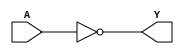
/*
 * Copyright 2020 The SkyWater PDK Authors
 *
 * Licensed under the Apache License, Version 2.0 (the "License");
 * you may not use this file except in compliance with the License.
 * You may obtain a copy of the License at
 *
 *     https://www.apache.org/licenses/LICENSE-2.0
 *
 * Unless required by applicable law or agreed to in writing, software
 * distributed under the License is distributed on an "AS IS" BASIS,
 * WITHOUT WARRANTIES OR CONDITIONS OF ANY KIND, either express or implied.
 * See the License for the specific language governing permissions and
 * limitations under the License.
 *
 * SPDX-License-Identifier: Apache-2.0
*/


`ifndef SKY130_FD_SC_HD__BUFINV_BEHAVIORAL_V
`define SKY130_FD_SC_HD__BUFINV_BEHAVIORAL_V

/**
 * bufinv: Buffer followed by inverter.
 *
 * Verilog simulation functional model.
 */

`timescale 1ns / 1ps
`default_nettype none

`celldefine
module sky130_fd_sc_hd__bufinv (
    Y,
    A
);

    // Module ports
    output Y;
    input  A;

    // Module supplies
    supply1 VPWR;
    supply0 VGND;
    supply1 VPB ;
    supply0 VNB ;

    // Local signals
    wire not0_out_Y;

    //  Name  Output      Other arguments
    not not0 (not0_out_Y, A              );
    buf buf0 (Y         , not0_out_Y     );

endmodule
`endcelldefine

`default_nettype wire
`endif  // SKY130_FD_SC_HD__BUFINV_BEHAVIORAL_V